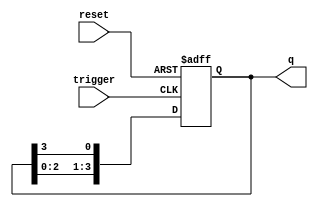
module async_ring_counter (
    input wire reset,      // Asynchronous reset signal
    input wire trigger,    // Input trigger for state transition
    output reg [N-1:0] q   // Output state of the counter
);
    parameter N = 4; // Number of flip-flops (bits in the counter)

    // Initial state
    initial begin
        q = 4'b0001; // Initialize to the first state
    end

    // Asynchronous reset and state transition logic
    always @(posedge trigger or posedge reset) begin
        if (reset) begin
            q <= 4'b0001; // Reset to initial state
        end else begin
            // Shift the '1' through the flip-flops
            q <= {q[N-2:0], q[N-1]}; // Shift left and wrap around
        end
    end
endmodule